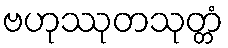
ဗဟုဿုတသုတ္တံ